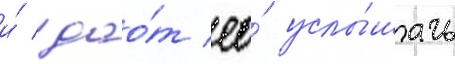
и́ дао́т ео́ услы́шать